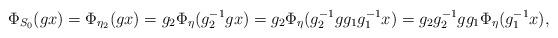
LaTeX: \begin{align*}\Phi_{S_0}(gx)=\Phi_{\eta_2}(gx)=g_2\Phi_{\eta}(g^{-1}_2gx)=g_2\Phi_{\eta}(g^{-1}_2gg_1 g^{-1}_1x)=g_2g^{-1}_2gg_1\Phi_{\eta}( g^{-1}_1x),\end{align*}